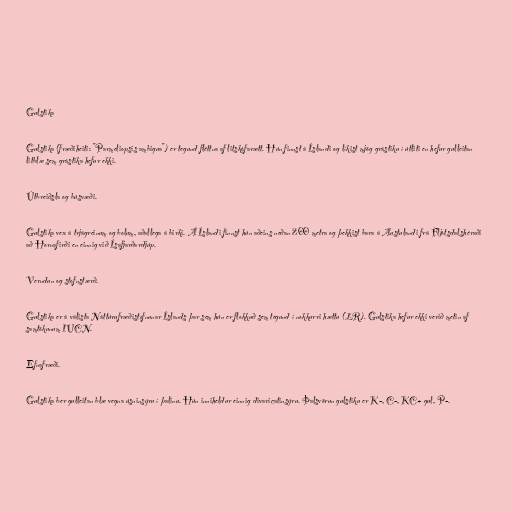
Gulstika

Gulstika (fræðiheiti: "Parmeliopsis ambigua") er tegund fléttna af litskófarætt. Hún finnst á Íslandi og líkist mjög grástiku í útliti en hefur gulleitan
litblæ sem grástika hefur ekki.

Útbreiðsla og búsvæði.

Gulstika vex á trjágreinum og bolum, aðallega á birki. Á Íslandi finnst hún aðeins neðan 200 metra og þekkist bara á Austulandi frá Fljótsdalshéraði
að Hornafirði en einnig við Ísafjarðardjúp.

Verndun og stofnstærð.

Gulstika er á válista Náttúrufræðistofnunar Íslands þar sem hún er flokkuð sem tegund í nokkurri hættu (LR). Gulstika hefur ekki verið metin af
samtökunum IUCN.

Efnafræði.

Gulstika ber gulleitan blæ vegna úsninsýru í þalinu. Hún inniheldur einnig divaricatinsýru. Þalsvörun gulstiku er K-, C-, KC+ gul, P-.